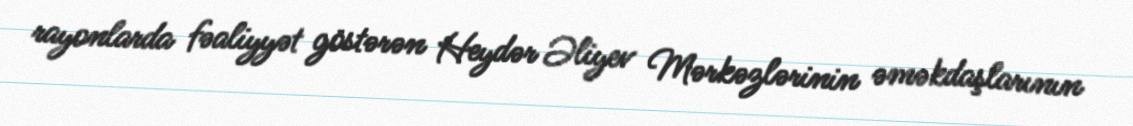
rayonlarda fəaliyyət göstərən Heydər Əliyev Mərkəzlərinin əməkdaşlarının